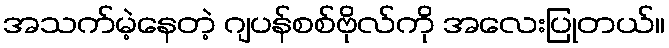
အသက်မဲ့နေတဲ့ ဂျပန်စစ်ဗိုလ်ကို အလေးပြုတယ်။